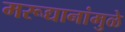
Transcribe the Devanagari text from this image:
मरूद्यानांमुळे